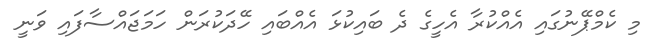
މި ކެމްޕޭނުގައި އެއްކުރާ އެހީގެ ދެ ބައިކުޅަ އެއްބައި ހޭދަކުރަން ހަމަޖައްސާފައި ވަނީ